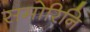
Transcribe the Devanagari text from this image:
समोरिनि